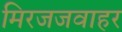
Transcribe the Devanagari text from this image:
मिरजजवाहर